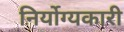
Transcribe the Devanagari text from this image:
निर्योग्यकारी